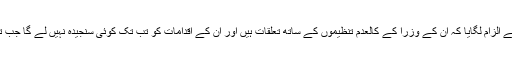
بلاول بھٹو زرداری نے حکومت پر تنقید کرتے ہوئے الزام لگایا کہ ان کے وزرا کے کالعدم تنظیموں کے ساتھ تعلقات ہیں اور ان کے اقدامات کو تب تک کوئی سنجیدہ نہیں لے گا جب تک ان وزرا کو ان کے عہدوں سے ہٹا نہیں دیا جاتا۔